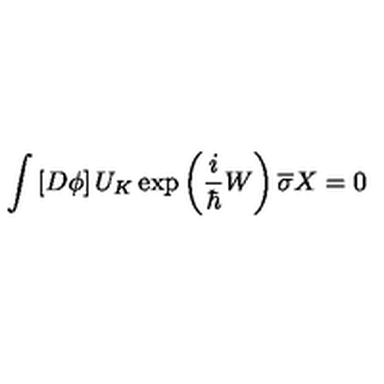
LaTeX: \int \left[ D \phi \right] U _ { K } \exp \left( \frac i \hbar W \right) \overline { { \sigma } } X = 0